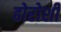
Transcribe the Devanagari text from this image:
ढोरोशी